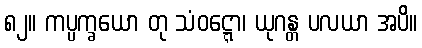
၈၂။ ကပ္ပက္ခယော တု သံဝဋ္ဋော၊ ယုဂန္တ ပလယာ အပိ။